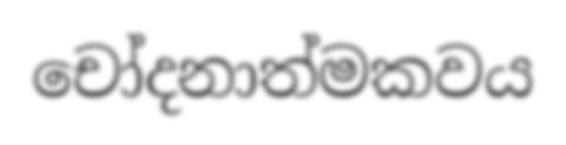
චෝදනාත්මකවය